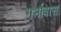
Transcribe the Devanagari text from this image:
गर्भावास